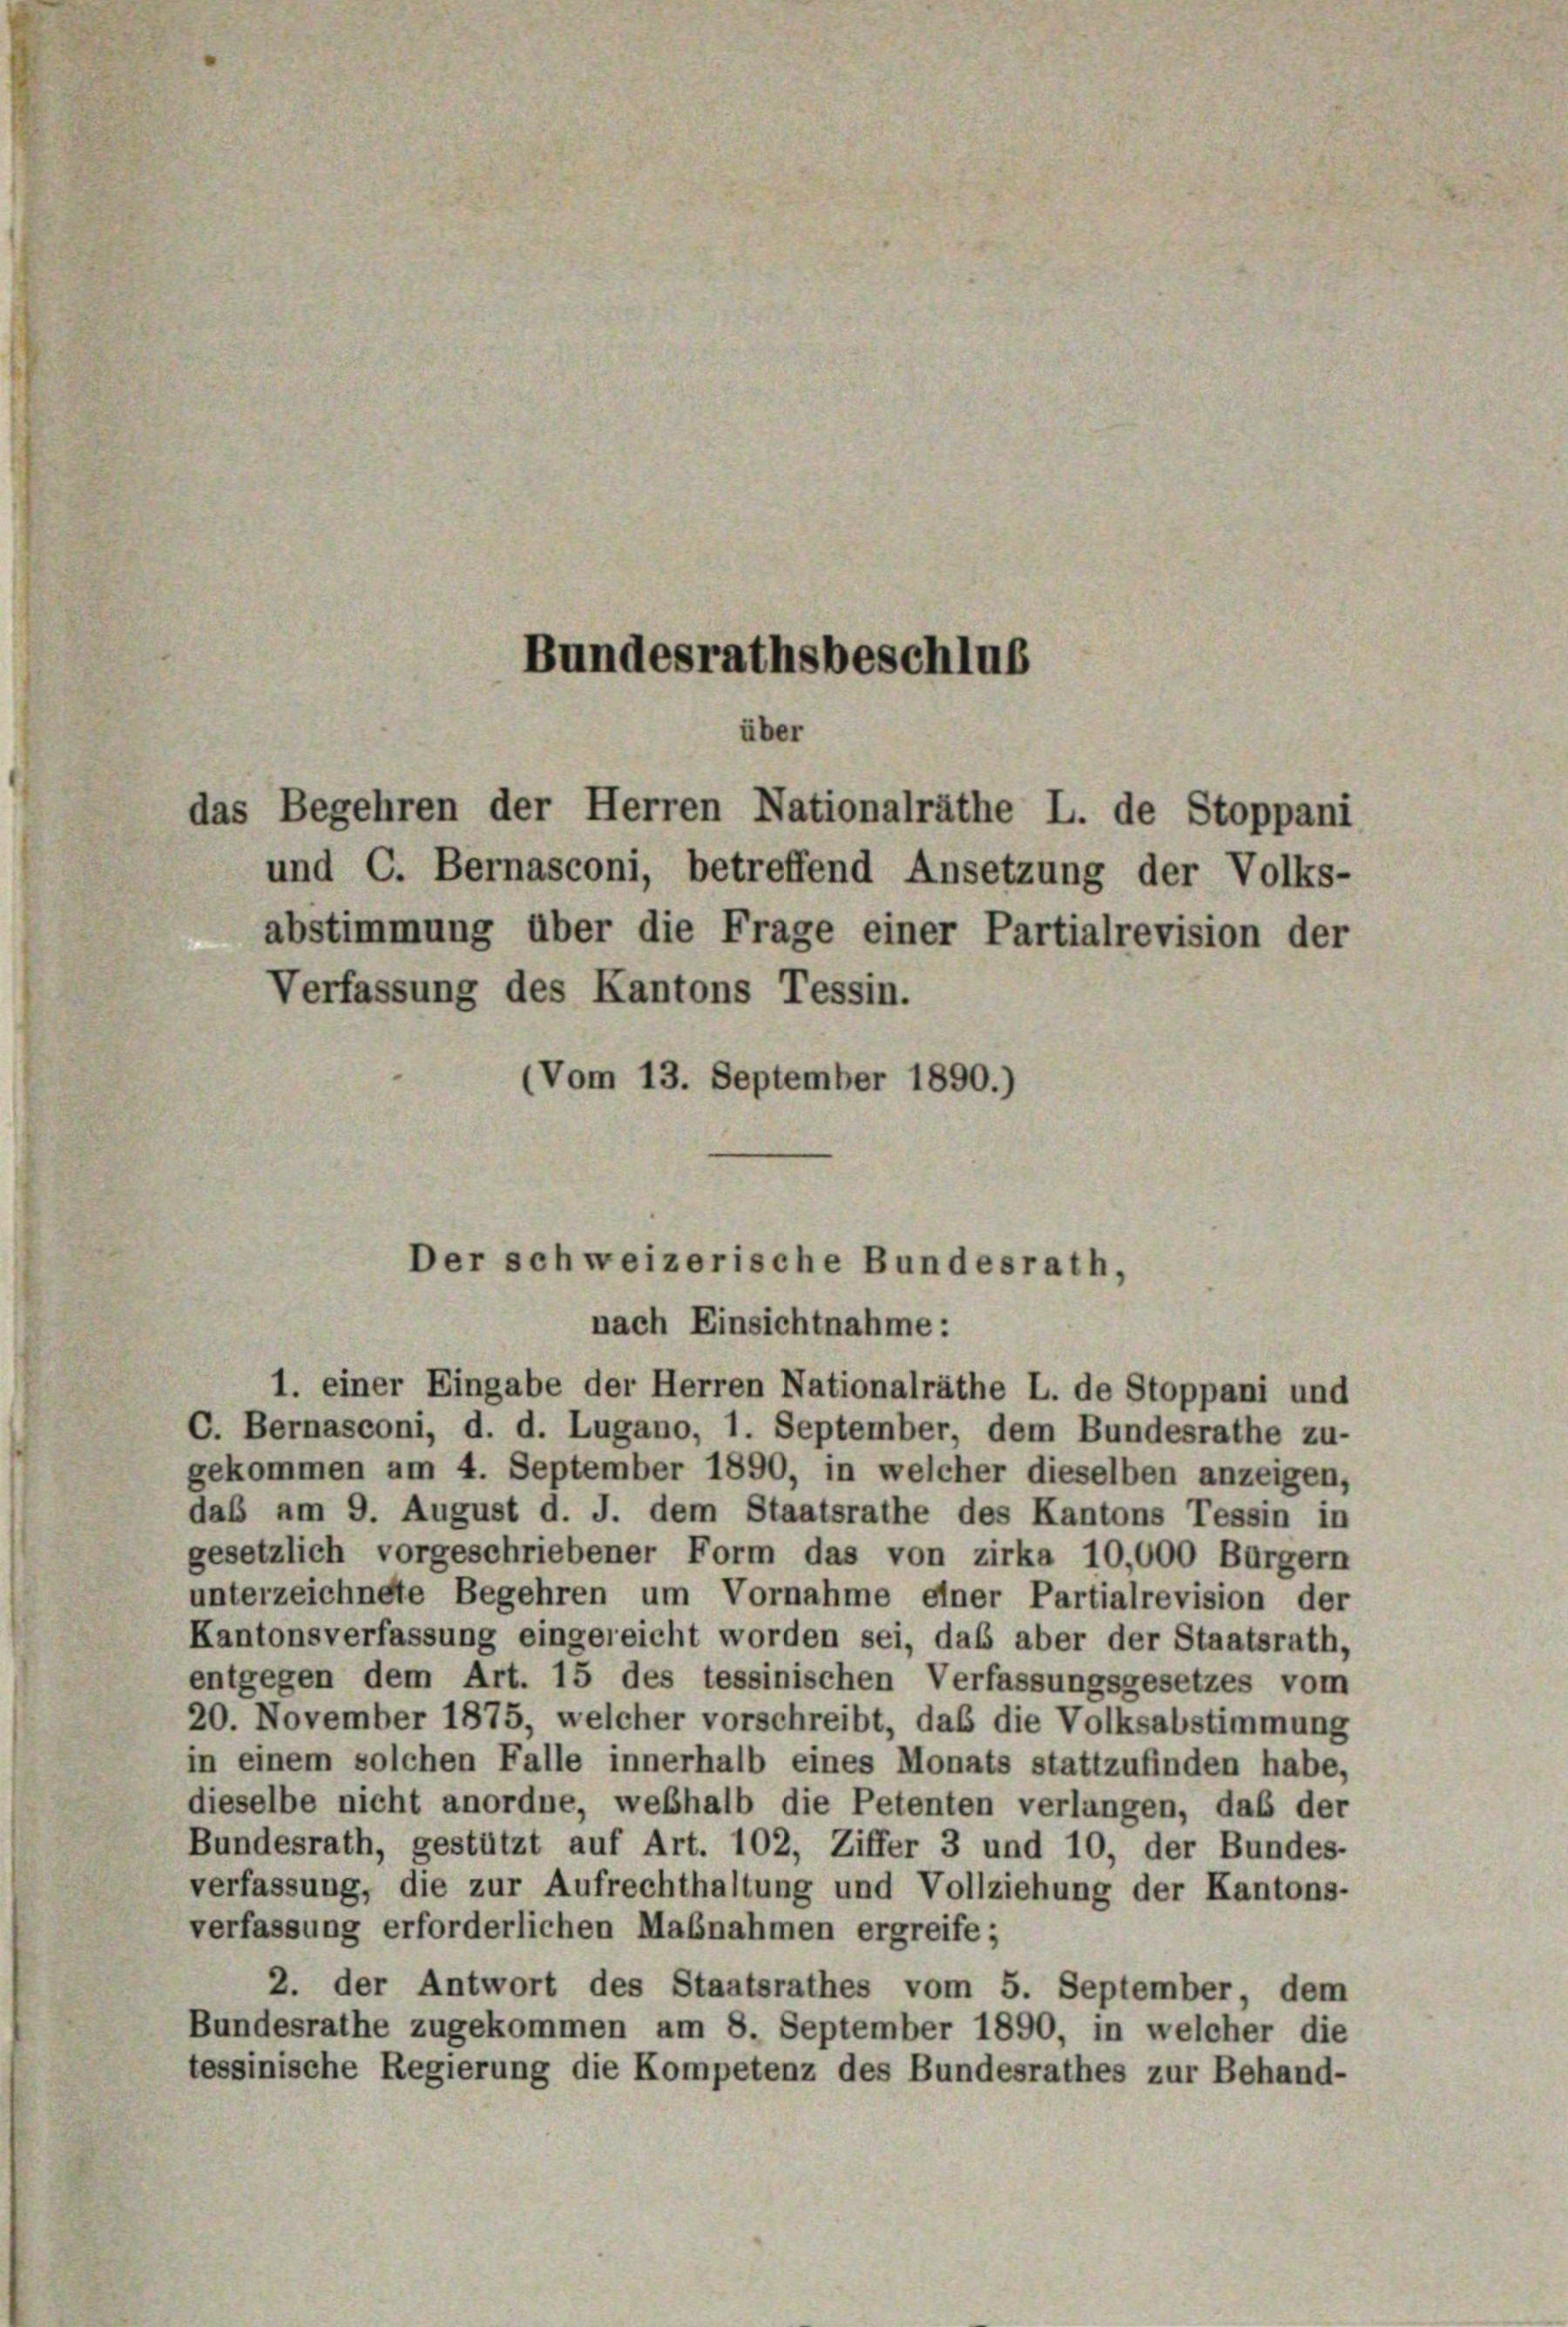
Bundesrathsbeschluß

über
das Begehren der Herren Nationalräthe L. de Stoppani

und C. Bernasconi, betreffend Ansetzung der Volks-
abstimmung über die Frage einer Partialrevision der
Verfassung des Kantons Tessin.
(Vom 13. September 1890.)

Der schweizerische Bundesrath,
nach Einsichtnahme:
1. einer Eingabe der Herren Nationalräthe L. de Stoppani und

C. Bernasconi, d. d. Lugano, 1. September, dem Bundesrathe zu-
gekommen am 4. September 1890, in welcher dieselben anzeigen,
daß am 9. August d. J. dem Staatsrathe des Kantons Tessin in
gesetzlich vorgeschriebener Form das von zirka 10,000 Bürgern
unterzeichnete Begehren um Vornahme einer Partialrevision der
Kantonsverfassung eingereicht worden sei, daß aber der Staatsrath,
entgegen dem Art. 15 des tessinischen Verfassungsgesetzes vom
20. November 1875, welcher vorschreibt, das die Volksabstimmung
in einem solchen Falle innerhalb eines Monats stattzufinden habe,
dieselbe nicht anordne, weßhalb die Petenten verlangen, daß der
Bundesrath, gestützt auf Art. 102, Ziffer 3 und 10, der Bundes-
verfassung, die zur Aufrechthaltung und Vollziehung der Kantons-
verfassung erforderlichen Maßnahmen ergreife;
2. der Antwort des Staatsrathes vom 5. September, dem
Bundesrathe zugekommen am 8. September 1890, in welcher die
tessinische Regierung die Kompetenz des Bundesrathes zur Behand-